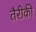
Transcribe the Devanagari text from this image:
तैरीकी